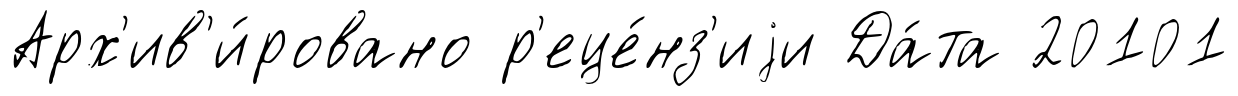
Арх'ив'и́ровано р'еце́нз'иjи Да́та 20101